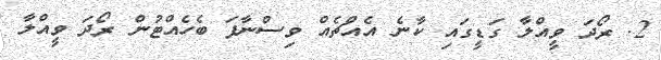
2. ރޯދަ ވީއްލާ ގަޑީގައި ކާނެ އެއްޗެއް ވިސްނާފަ ބެހެއްޓުން ރޯދަ ވީއްލާ